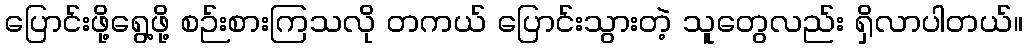
ပြောင်းဖို့ရွေ့ဖို့ စဉ်းစားကြသလို တကယ် ပြောင်းသွားတဲ့ သူတွေလည်း ရှိလာပါတယ်။